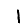
Digit: 1